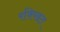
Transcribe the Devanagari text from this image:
रक्खित